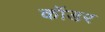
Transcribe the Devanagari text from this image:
कॉडर